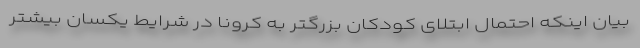
بیان اینکه احتمال ابتلای کودکان بزرگتر به کرونا در شرایط یکسان بیشتر